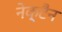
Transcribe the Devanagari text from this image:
नेक्टैन